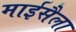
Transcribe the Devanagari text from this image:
माईसैला